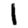
Digit: 1